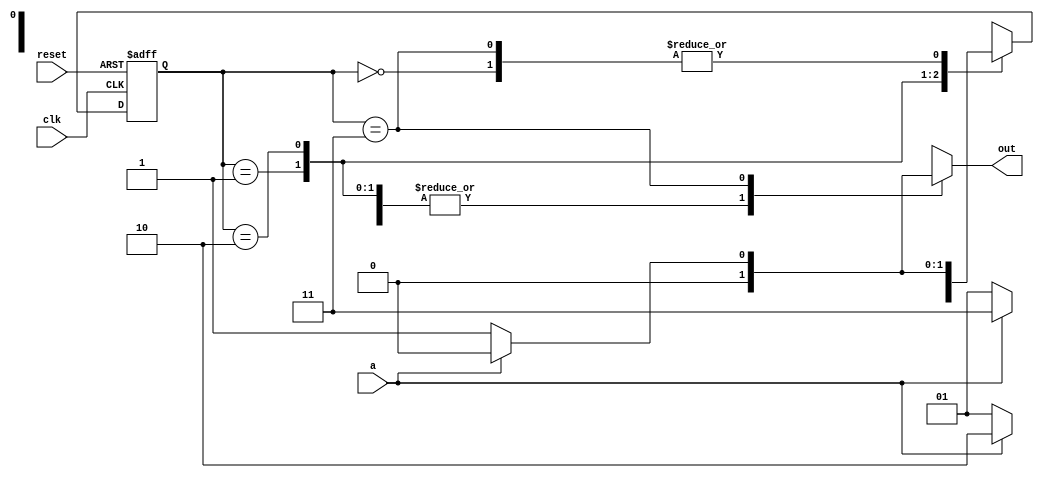
//sequence to be detected is "0110";
module seq_det (
    clk,a,reset,out
);
    input clk,a,reset;
    output reg out;
    parameter s0 = 0,s1=1,s2=2,s3=3;
    reg [0:1] PS,NS;
    always @(posedge clk or posedge reset)
    if(reset)
    PS <=0;
    else
    PS<=NS;
    always @(PS,a)
    case (PS)
        s0:begin
          out = a ? 0 :0;
          NS =a?s0:s1;  
        end 
        s1:begin
          out = a?0:0;
          NS =a?s2:s1;  
        end 
        s2:begin
          out = a?0:0;
          NS =a?s3:s1;  
        end 
        s3:begin
          out = a?0:1;
          NS =a?s0:s1;  
        end 
    endcase
endmodule